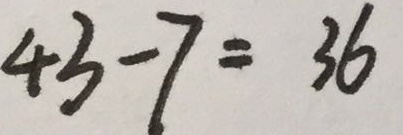
4 3 - 7 = 3 6